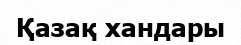
Қазақ хандары